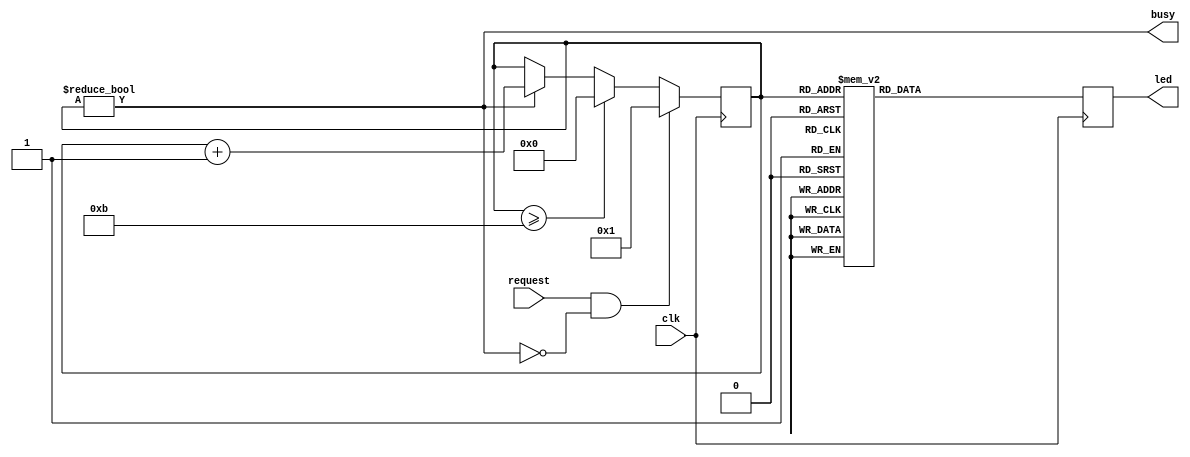
`default_nettype none

module led_wave_three(input clk,
                      input request,
                      output busy,
                      output reg [5:0] led);
  reg [3:0] state;

  initial state = 4'h0;
  // Set the idle state with a request & a busy
  always @ (posedge clk) begin
    if(request && !busy)
      state <= 4'h1;
    else if (state >= 4'hb)
      state <= 4'h0;
    else if (state != 0)
      state <= state + 1'b1;

    case(state)
    4'h1: led <= 6'h01;
    4'h2: led <= 6'h02;
    4'h3: led <= 6'h04;
    4'h4: led <= 6'h08;
    4'h5: led <= 6'h10;
    4'h6: led <= 6'h20;
    4'h7: led <= 6'h10;
    4'h8: led <= 6'h08;
    4'h9: led <= 6'h04;
    4'ha: led <= 6'h02;
    4'hb: led <= 6'h01;
    default: led <= 6'h0;
    endcase

  end

  assign busy = (state != 0);

endmodule